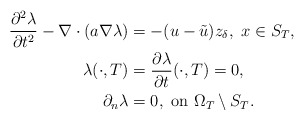
\begin{align*} \frac{\partial^2 \lambda}{\partial t^2} - \nabla \cdot (a \nabla \lambda) &= - (u - \tilde{u}) z_{\delta}, ~ x \in S_T, \\\lambda(\cdot, T)& = \frac{\partial \lambda}{\partial t}(\cdot, T) = 0, \\\partial _{n} \lambda& =0,~\mbox{on}~ \Omega_T\setminus S_T.\end{align*}